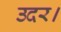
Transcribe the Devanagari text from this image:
उदर।